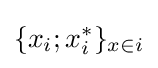
\{x_{i};x_{i}^{*}\}_{x\in i}